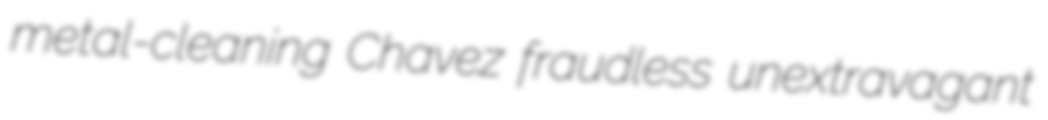
metal-cleaning Chavez fraudless unextravagant